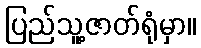
ပြည်သူ့ဇာတ်ရုံမှာ။